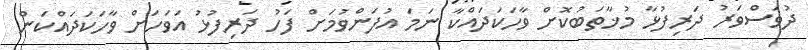
ދުވަސްވަރު ދަރިފުޅާ މުޚާތަބުކޮށް ވާހަކަދައްކާ ނަމަ އުފަންވުމަށް ފަހު ދަރިފުޅު އަވަހަށް ވާހަކަދައްކަން